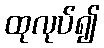
ထုလုပ်၍